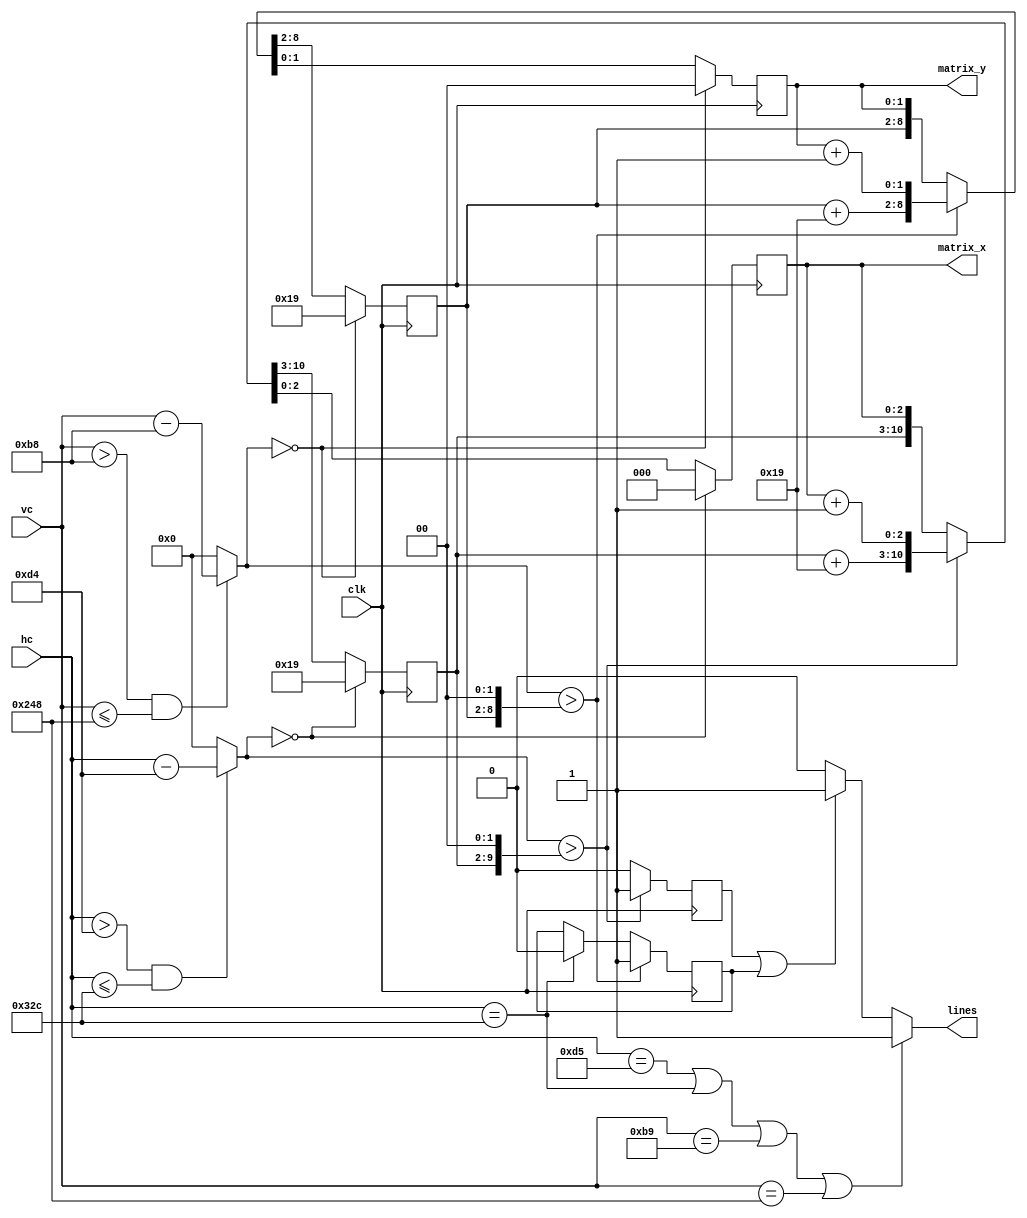
`timescale 1ns / 1ps
//////////////////////////////////////////////////////////////////////////////////
// Company: 
// Engineer: 
// 
// Design Name: 
// Module Name: template
// Project Name: 
// Target Devices: 
// Tool Versions: 
// Description: 
// 
// Dependencies: 
// 
// Revision:
// Revision 0.01 - File Created
// Additional Comments:
// 
//////////////////////////////////////////////////////////////////////////////////

module template_6x4_600x400(clk, hc, vc, matrix_x, matrix_y, lines);
	input clk;
	input [10:0] hc;
	input [10:0] vc;
	output reg[2:0]matrix_x = 3'd0;//desde 0 hasta 5
	output reg[1:0]matrix_y = 2'd0;//desde 0 hasta 3
	output reg lines;

	parameter d_col=8'b1_1001;		//25 ....agregar 2 ceros //25 * 6 = 150
	parameter d_row=7'b1_1001;		//25 ....agregar 2 ceros //25 * 4 = 100
	parameter zeros_col=2'd0;
	parameter zeros_row=2'd0;
	
	reg [7:0]col=d_col;	
	reg [6:0]row=d_row;		
	reg [7:0]col_next;
	reg [6:0]row_next;
	
	reg [2:0]matrix_x_next;
	reg [1:0]matrix_y_next;
	
	wire [10:0]hc_template, vc_template;
	
	
	parameter CUADRILLA_XI = 		212;
	parameter CUADRILLA_XF = 		812;
	
	parameter CUADRILLA_YI = 		184;
	parameter CUADRILLA_YF = 		584;
	
	assign hc_template = ( (hc > CUADRILLA_XI) && (hc <= CUADRILLA_XF) )?hc - CUADRILLA_XI: 11'd0;
	assign vc_template = ( (vc > CUADRILLA_YI) && (vc <= CUADRILLA_YF) )?vc - CUADRILLA_YI: 11'd0;
	
	
	
	always@(*)
		if(hc_template == 'd0)//fuera del rango visible
			{col_next, matrix_x_next} = {d_col, 3'd0};
		else if(hc_template > {col, zeros_col})
			{col_next, matrix_x_next} = {col + d_col, matrix_x + 3'd1};
		else
			{col_next,matrix_x_next} = {col, matrix_x};
	
	always@(*)
		if(vc_template == 'd0)
			{row_next,matrix_y_next} = {d_row, 2'd0};
		else if(vc_template > {row, zeros_row})
			{row_next, matrix_y_next} = {row + d_row, matrix_y + 2'd1};
		else
			{row_next, matrix_y_next} = {row, matrix_y};
	
	//para generar las lneas divisorias.
	reg lin_v, lin_v_next;
	reg lin_h, lin_h_next;
	
	always@(*)
	begin
		if(hc_template > {col, zeros_col})
			lin_v_next = 1'b1;
		else
			lin_v_next = 1'b0;
			
		if(vc_template > {row, zeros_row})
			lin_h_next = 1'b1;
		else if(hc == CUADRILLA_XF)
			lin_h_next = 1'b0;
		else
			lin_h_next = lin_h;
	end
	
	
	always@(posedge clk)
		{col, row, matrix_x, matrix_y} <= {col_next, row_next, matrix_x_next, matrix_y_next};
	
	always@(posedge clk)
		{lin_v, lin_h} <= {lin_v_next, lin_h_next};
		
	
	always@(*)
		if( (hc == (CUADRILLA_XI + 11'd1)) || (hc == CUADRILLA_XF) ||
		  (vc == (CUADRILLA_YI + 11'd1)) || (vc == CUADRILLA_YF) )
			lines = 1'b1;
		else if( (lin_v == 1'b1) || (lin_h == 1'b1))
			lines = 1'b1;
		else
			lines = 1'b0;

endmodule